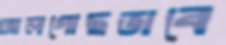
আলগোছভাবে